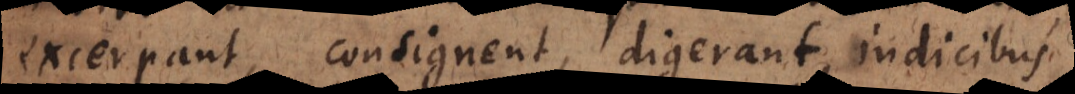
excerpant, consignent, digerant, indicibus